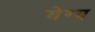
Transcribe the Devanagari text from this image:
येग्य